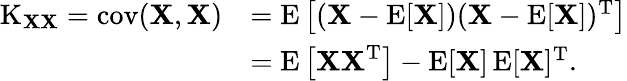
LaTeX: {\begin{array}{rl}{\operatorname{K}_{\mathbf{XX}}=\operatorname{cov}(\mathbf{X},\mathbf{X})}&{=\operatorname{E}\left[(\mathbf{X}-\operatorname{E}[\mathbf{X}])(\mathbf{X}-\operatorname{E}[\mathbf{X}])^{\mathrm{T}}\right]}\\ &{=\operatorname{E}\left[\mathbf{XX}^{\mathrm{T}}\right]-\operatorname{E}[\mathbf{X}]\operatorname{E}[\mathbf{X}]^{\mathrm{T}}.}\end{array}}